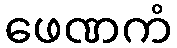
ဖေဏကံ